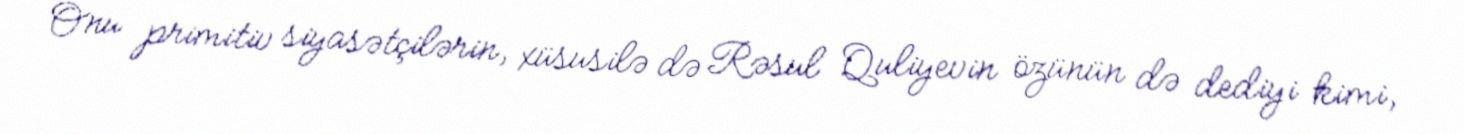
Onu primitiv siyasətçilərin, xüsusilə də Rəsul Quliyevin özünün də dediyi kimi,